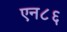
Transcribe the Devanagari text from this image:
एन८६